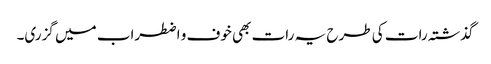
گذشتہ رات کی طرح یہ رات بھی خوف و اضطراب میں گزری۔